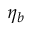
\eta _ { b }